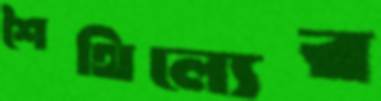
শৈথিল্যের